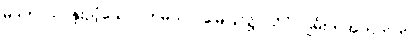
မုဒုကာယ၊ နူးညံ့သော။ ဘူမိယာ၊ မြေပြင်၌။ သိပ္ပံ၊ ဂျွမ်းကအတတ်ကို။